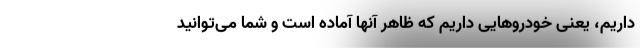
داریم، یعنی خودروهایی داریم که ظاهر آنها آماده است و شما می‌توانید